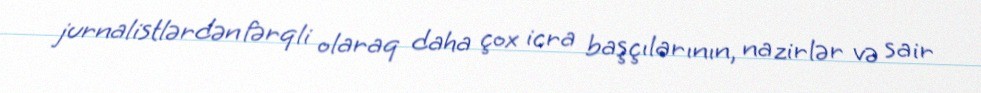
jurnalistlərdən fərqli olaraq daha çox icra başçılarının, nazirlər və sair